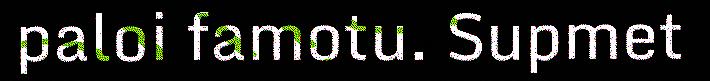
paloi famotu. Supmet